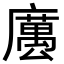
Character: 𢋭